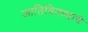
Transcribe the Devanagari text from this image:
जातिविनाशाचे